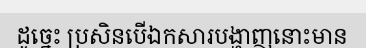
ដូច្នេះ ប្រសិនបើឯកសារបង្ហាញនោះមាន